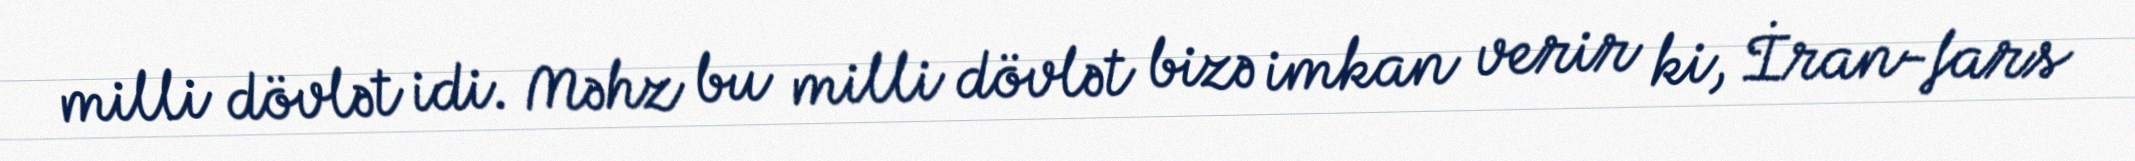
milli dövlət idi. Məhz bu milli dövlət bizə imkan verir ki, İran-fars